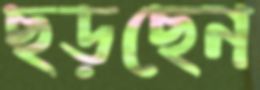
ছড়ছেন